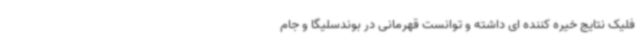
فلیک نتایج خیره کننده ای داشته و توانست قهرمانی در بوندسلیگا و جام